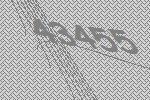
43455